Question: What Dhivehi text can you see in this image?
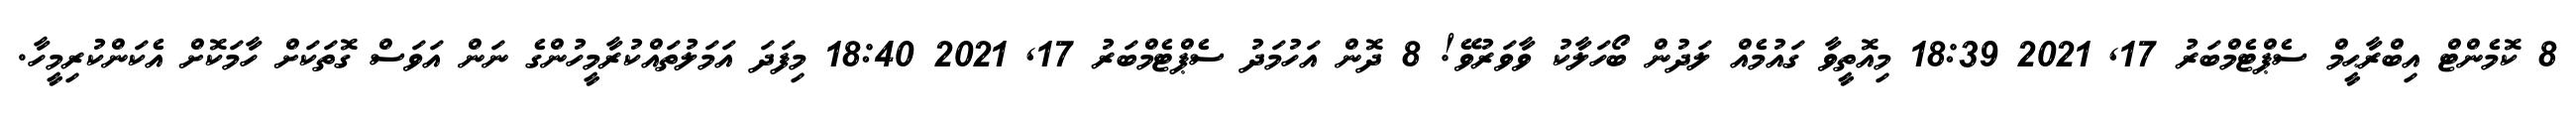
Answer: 8 ކޮމެންޓް އިބްރާޙީމް ސެޕްޓެމްބަރު 17, 2021 18:39 މިއޮތީވާ ގައުމެއް ލަދުން ބޯހަލާކު ވާވަރުވޭ! 8 ދޮން އަހުމަދު ސެޕްޓެމްބަރު 17, 2021 18:40 މިފަދަ އަމަލުތައްކުރާމީހުންގެ ނަން އަވަސް ގޮތަކަށް ހާމަކޮށް އެކަންކުރިމީހާ.